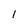
Character: l